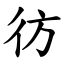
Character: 彷